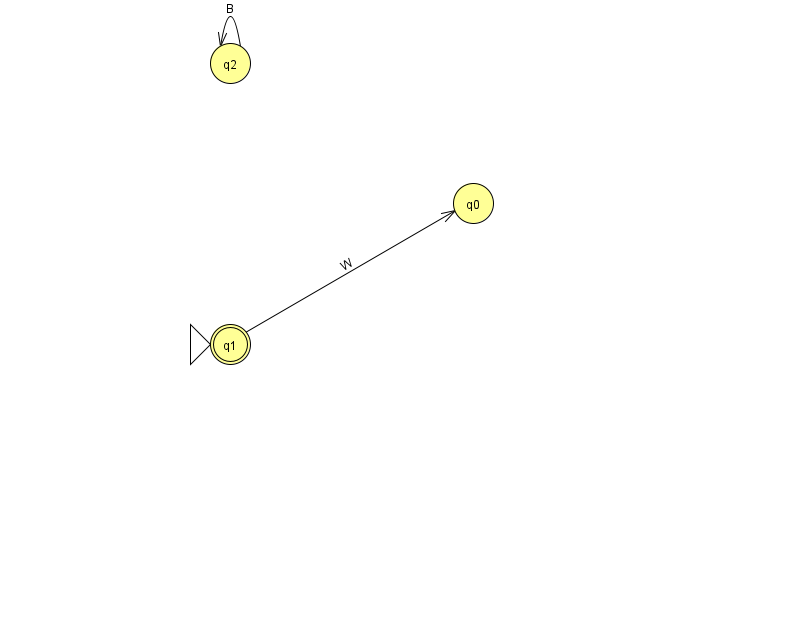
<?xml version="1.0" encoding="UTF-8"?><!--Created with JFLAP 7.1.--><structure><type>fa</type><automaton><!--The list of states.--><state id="0" name="q0"><x>473.0</x><y>190.0</y></state><state id="1" name="q1"><x>230.0</x><y>331.0</y><initial/><final/></state><state id="2" name="q2"><x>230.0</x><y>50.0</y></state><!--The list of transitions.--><transition><from>2</from><to>2</to><read>B</read></transition><transition><from>1</from><to>0</to><read>W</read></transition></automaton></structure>